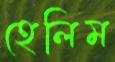
হেলিম